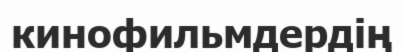
кинофильмдердің